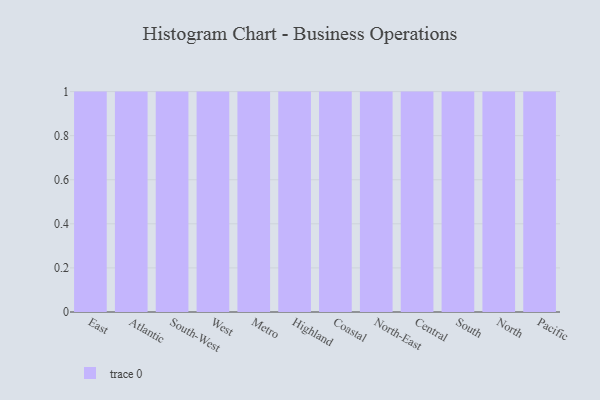
{"axis": {"x": "Region", "y": "Operating Costs (USD K)"}, "legend": [""], "data": [{"x": "East", "y": 20, "type": ""}, {"x": "Atlantic", "y": 36, "type": ""}, {"x": "South-West", "y": 83, "type": ""}, {"x": "West", "y": 81, "type": ""}, {"x": "Metro", "y": 53, "type": ""}, {"x": "Highland", "y": 22, "type": ""}, {"x": "Coastal", "y": 37, "type": ""}, {"x": "North-East", "y": 23, "type": ""}, {"x": "Central", "y": 66, "type": ""}, {"x": "South", "y": 83, "type": ""}, {"x": "North", "y": 100, "type": ""}, {"x": "Pacific", "y": 93, "type": ""}]}